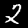
Label: 2